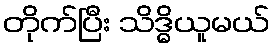
တိုက်ပြီး သိဒ္ဓိယူမယ်